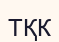
ТҚК